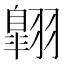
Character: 翺